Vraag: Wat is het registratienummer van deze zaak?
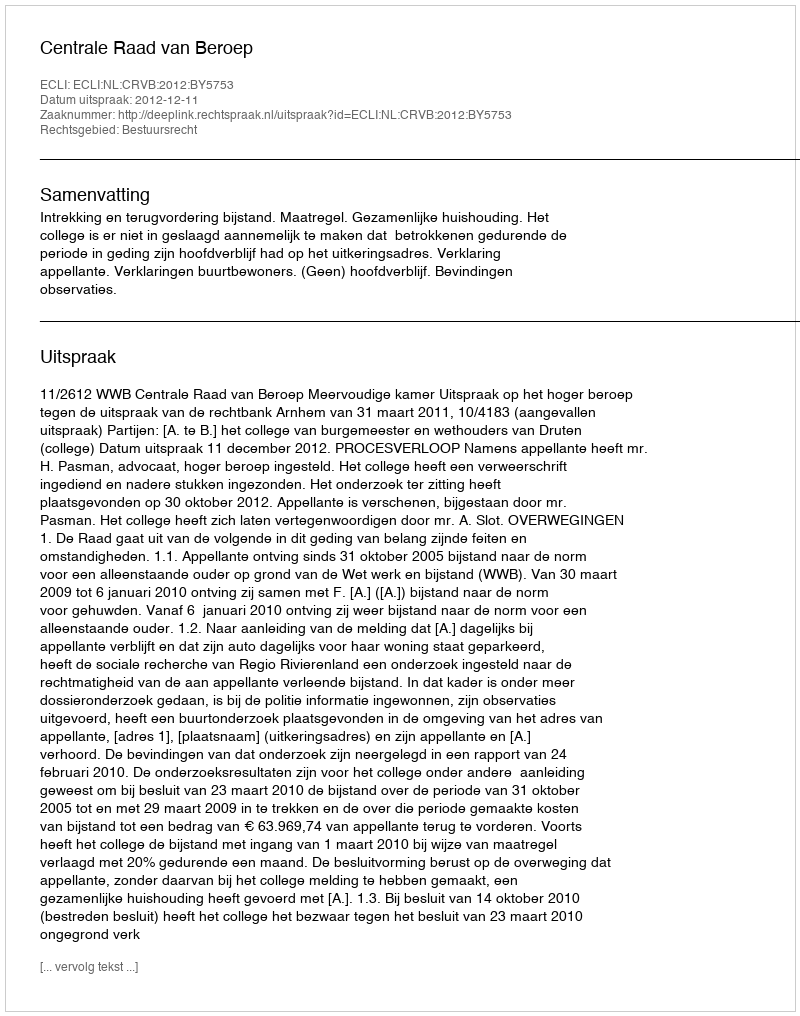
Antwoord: http://deeplink.rechtspraak.nl/uitspraak?id=ECLI:NL:CRVB:2012:BY5753